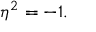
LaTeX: \eta ^ { 2 } = - 1 .